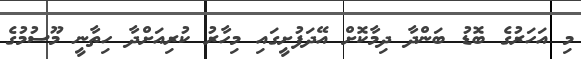
މި އަހަރުގެ ބޮޑު ބަންދާ ދިމާކޮށް އޭދަފުށީގައި މިހާރު ކުރިއަށްދާ ހިތާނީ މޫސުމުގެ